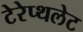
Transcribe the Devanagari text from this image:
टेरेप्थलेट